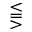
\lesseqqgtr